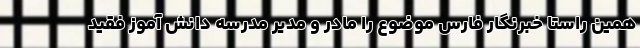
همین راستا خبرنگار فارس موضوع را مادر و مدیر مدرسه دانش آموز فقید